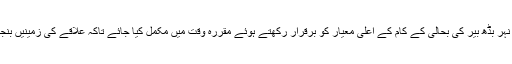
گورنر نے کہا کہ اوچ نہر بڈھ بیر کی بحالی کے کام کے اعلیٰ معیار کو برقرار رکھتے ہوئے مقررہ وقت میں مکمل کیا جائے تاکہ علاقے کی زمینیں بنجر ہونے سے بچ جائیں۔